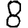
Digit: 8